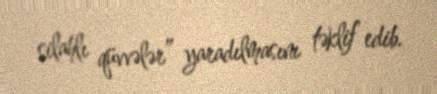
silahlı qüvvələr” yaradılmasını təklif edib.